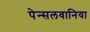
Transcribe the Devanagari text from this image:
पेन्सलवानिया